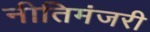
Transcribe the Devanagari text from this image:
नीतिमंजरी